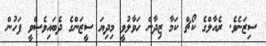
ސިޒަނެވެ. ރެއާލްގެ ކޯޗް ކަމާ ޒިދާން ހަވާލުވީ މިދިޔަ ސީޒަންގެ ދެބައިވެސްވީ ފަހުން